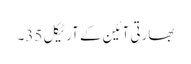
بھارتی آئین کے آرٹیکل 35۔